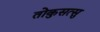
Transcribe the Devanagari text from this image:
तोकुसत्सु